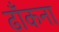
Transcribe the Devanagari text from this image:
ढाँकना